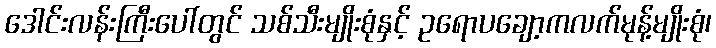
ဒေါင်းလန်းကြီးပေါ်တွင် သစ်သီးမျိုးစုံနှင့် ဥရောပချော့ကလက်မုန့်မျိုးစုံ၊